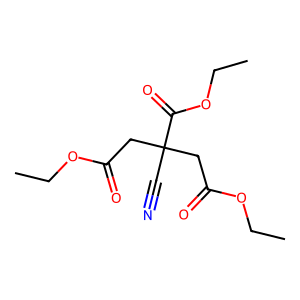
SMILES: CCOC(=O)CC(C#N)(CC(=O)OCC)C(=O)OCC
Inhibits HIV replication: No